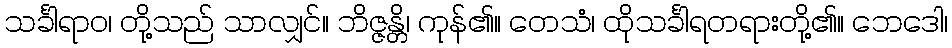
သင်္ခါရာဝ၊ တို့သည် သာလျှင်။ ဘိဇ္ဇန္တိ၊ ကုန်၏။ တေသံ၊ ထိုသင်္ခါရတရားတို့၏။ ဘေဒေါ၊